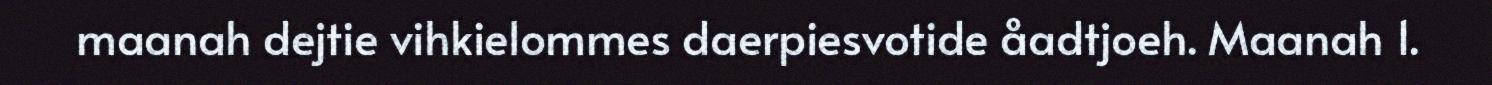
maanah dejtie vihkielommes daerpiesvotide åadtjoeh. Maanah 1.